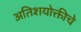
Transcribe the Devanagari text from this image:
अतिशयोक्तीचे